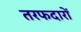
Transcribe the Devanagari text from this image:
तरफदारों